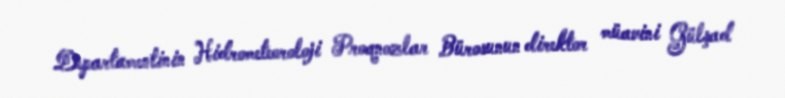
Departamentinin Hidrometeoroloji Proqnozlar Bürosunun direktor müavini Gülşad